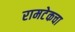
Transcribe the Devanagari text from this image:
रामटेकचा